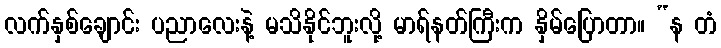
လက်နှစ်ချောင်း ပညာလေးနဲ့ မသိနိုင်ဘူးလို့ မာရ်နတ်ကြီးက နှိမ်ပြောတာ။ “န တံ